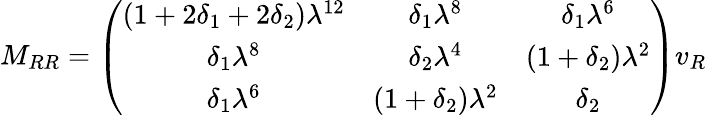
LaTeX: M_{RR}=\left(\begin{array}{ccc}{{(1+2\delta_{1}+2\delta_{2})\lambda^{12}}}&{{\delta_{1}\lambda^{8}}}&{{\delta_{1}\lambda^{6}}}\\ {{\delta_{1}\lambda^{8}}}&{{\delta_{2}\lambda^{4}}}&{{(1+\delta_{2})\lambda^{2}}}\\ {{\delta_{1}\lambda^{6}}}&{{(1+\delta_{2})\lambda^{2}}}&{{\delta_{2}}}\end{array}\right)v_{R}